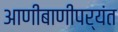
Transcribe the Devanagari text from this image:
आणीबाणीपर्यंत